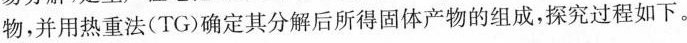
物，并用热重法(TG)确定其分解后所得固体产物的组成，探究过程如下。